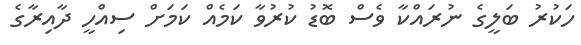
ހަކުރު ބަލީގެ ނުރައްކާ ވެސް ބޮޑު ކުރުވާ ކަމެއް ކަމަށް ސިއްހީ ދާއިރާގެ